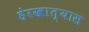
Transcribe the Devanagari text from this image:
हेरखात्यास